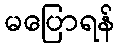
မပြောရန်